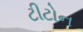
ટીટોન